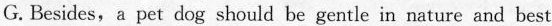
G. Besides, a pet dog should be gentle in nature and best